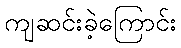
ကျဆင်းခဲ့ကြောင်း